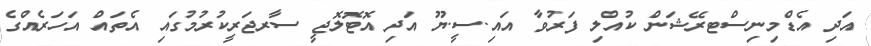
އަދި އެޑްމިނިސްޓރޭޝަން ކުއްލި ފަރުވާ އައި.ސީ.ޔޫ އަދި އޮޓޮލޮޖީ ސާރޖަރީކުރުމުގައި އެތައް އަހަރެއްގެ